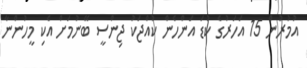
އުމުރުން 15 އަހަރުގެ ކުޑަ އަންހެން ކުއްޖަކު ޖިންސީ ބޭނުމަށް އެކި މީހުންނާ